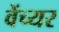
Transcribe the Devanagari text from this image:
वेंच्यर